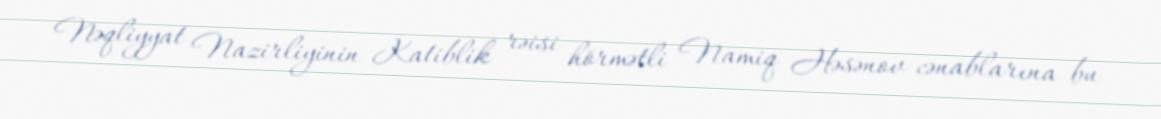
Nəqliyyat Nazirliyinin Katiblik rəisi hörmətli Namiq Həsənov cənablarına bu